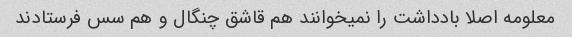
معلومه اصلا بادداشت را نمیخوانند هم قاشق چنگال و هم سس فرستادند‌